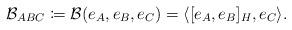
LaTeX: \begin{align*} \mathcal{B}_{ABC} \coloneqq \mathcal{B}(e_A,e_B,e_C)=\langle [e_A,e_B]_H,e_C\rangle.\end{align*}